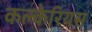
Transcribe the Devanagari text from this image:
कल्केरियस